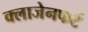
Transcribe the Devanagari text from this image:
क्लाजेनफर्ट